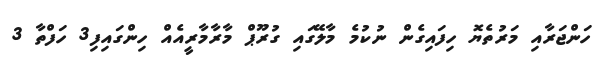
ހަންޖަރާއި މަރުތެޔޮ ހިފައިގެން ނުކުމެ މާލޭގައި ގުރޫޕް މާރާމާރީއެއް ހިންގައިފި3 ހަފްތާ 3